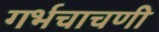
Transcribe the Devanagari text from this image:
गर्भचाचणी